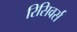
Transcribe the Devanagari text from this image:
रिसिवर्स